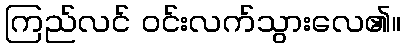
ကြည်လင် ဝင်းလက်သွားလေ၏။